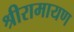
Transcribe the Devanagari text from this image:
श्रीरामायण